Scientific memoirs by medical officers of the Army of India - Part IX,
Year: 1895
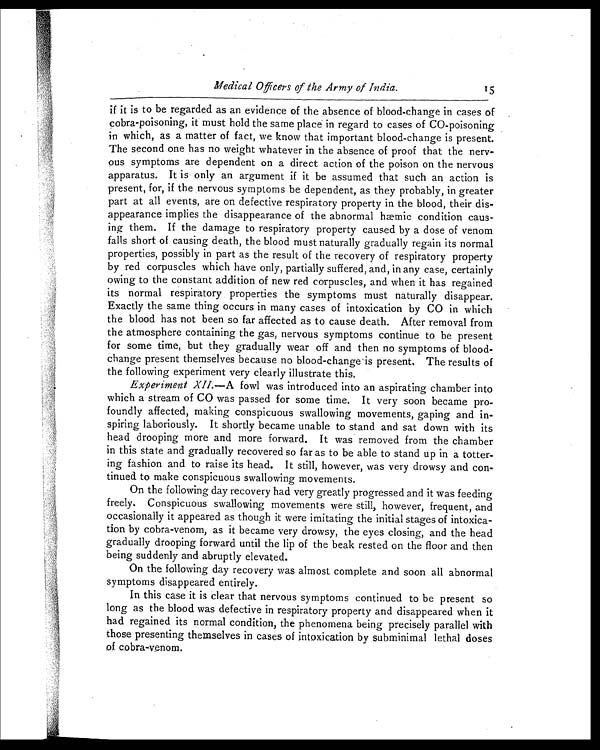
Medical Officers of the Army of India.
15
if it is to be regarded as an evidence of the absence of blood-change in cases of
cobra-poisoning, it must hold the same place in regard to cases of CO-poisoning
in which, as a matter of fact, we know that important blood-change is present.
The second one has no weight whatever in the absence of proof that the nerv
-ous symptoms are dependent on a direct action of the poison on the nervous
apparatus. It is only an argument if it be assumed that such an action is
present, for, if the nervous symptoms be dependent, as they probably, in greater
part at all events, are on defective respiratory property in the blood, their dis
-appearance implies the disappearance of the abnormal hæmic condition caus
-ing them. If the damage to respiratory property caused by a dose of venom
falls short of causing death, the blood must naturally gradually regain its normal
properties, possibly in part as the result of the recovery of respiratory property
by red corpuscles which have only, partially suffered, and, in any case, certainly
owing to the constant addition of new red corpuscles, and when it has regained
its normal respiratory properties the symptoms must naturally disappear.
Exactly the same thing occurs in many cases of intoxication by CO in which
the blood has not been so far affected as to cause death. After removal from
the atmosphere containing the gas, nervous symptoms continue to be present
for some time, but they gradually wear off and then no symptoms of blood-
change present themselves because no blood-change is present. The results of
the following experiment very clearly illustrate this.
Experiment XII.—A fowl was introduced into an aspirating chamber into
which a stream of CO was passed for some time. It very soon became pro
-foundly affected, making conspicuous swallowing movements, gaping and in
-spiring laboriously. It shortly became unable to stand and sat down with its
head drooping more and more forward. It was removed from the chamber
in this state and gradually recovered so far as to be able to stand up in a totter
-ing fashion and to raise its head. It still, however, was very drowsy and con
-tinued to make conspicuous swallowing movements.
On the following day recovery had very greatly progressed and it was feeding
freely. Conspicuous swallowing movements were still, however, frequent, and
occasionally it appeared as though it were imitating the initial stages of intoxica
-tion by cobra-venom, as it became very drowsy, the eyes closing, and the head
gradually drooping forward until the lip of the beak rested on the floor and then
being suddenly and abruptly elevated.
On the following day recovery was almost complete and soon all abnormal
symptoms disappeared entirely.
In this case it is clear that nervous symptoms continued to be present so
long as the blood was defective in respiratory property and disappeared when it
had regained its normal condition, the phenomena being precisely parallel with
those presenting themselves in cases of intoxication by subminimal lethal doses
of cobra-venom.